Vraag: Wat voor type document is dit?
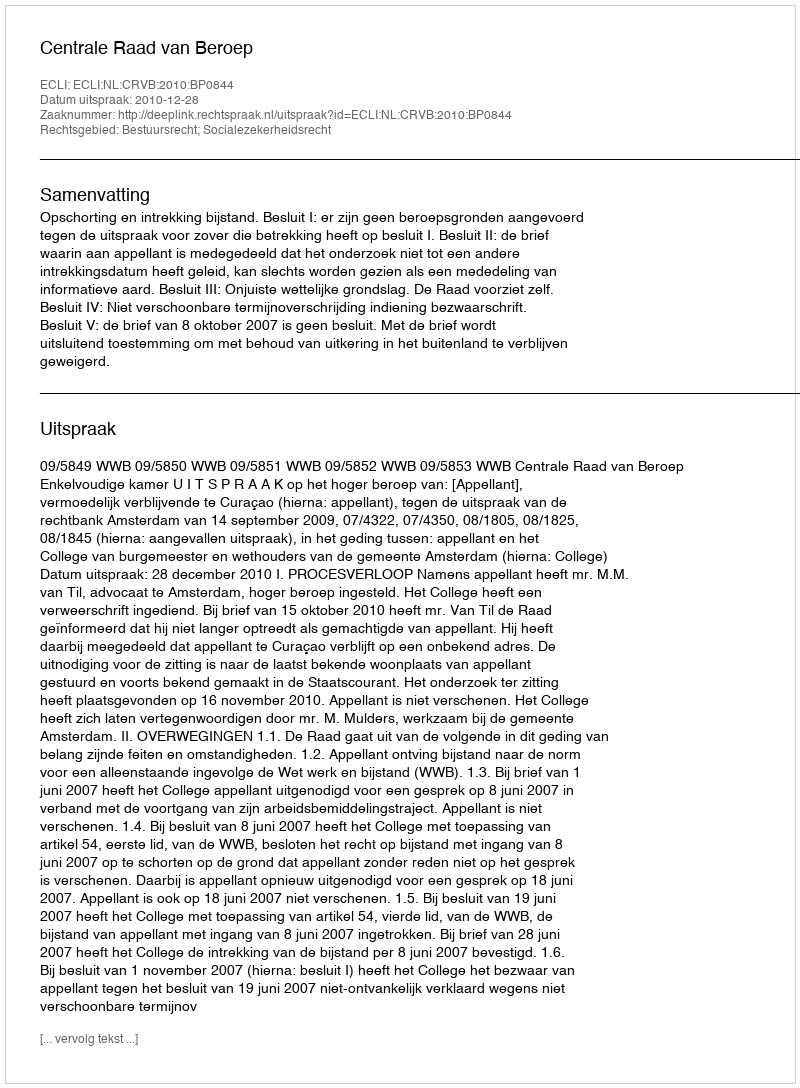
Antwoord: Uitspraak